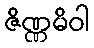
ဇိဏ္ဏမိဝါ